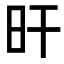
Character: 旰